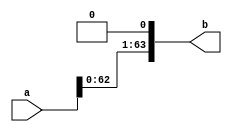
module shift_left(
  input [63:0] a ,
  output [63:0] b 
);
  assign b ={a[62:0],1'b0};
endmodule